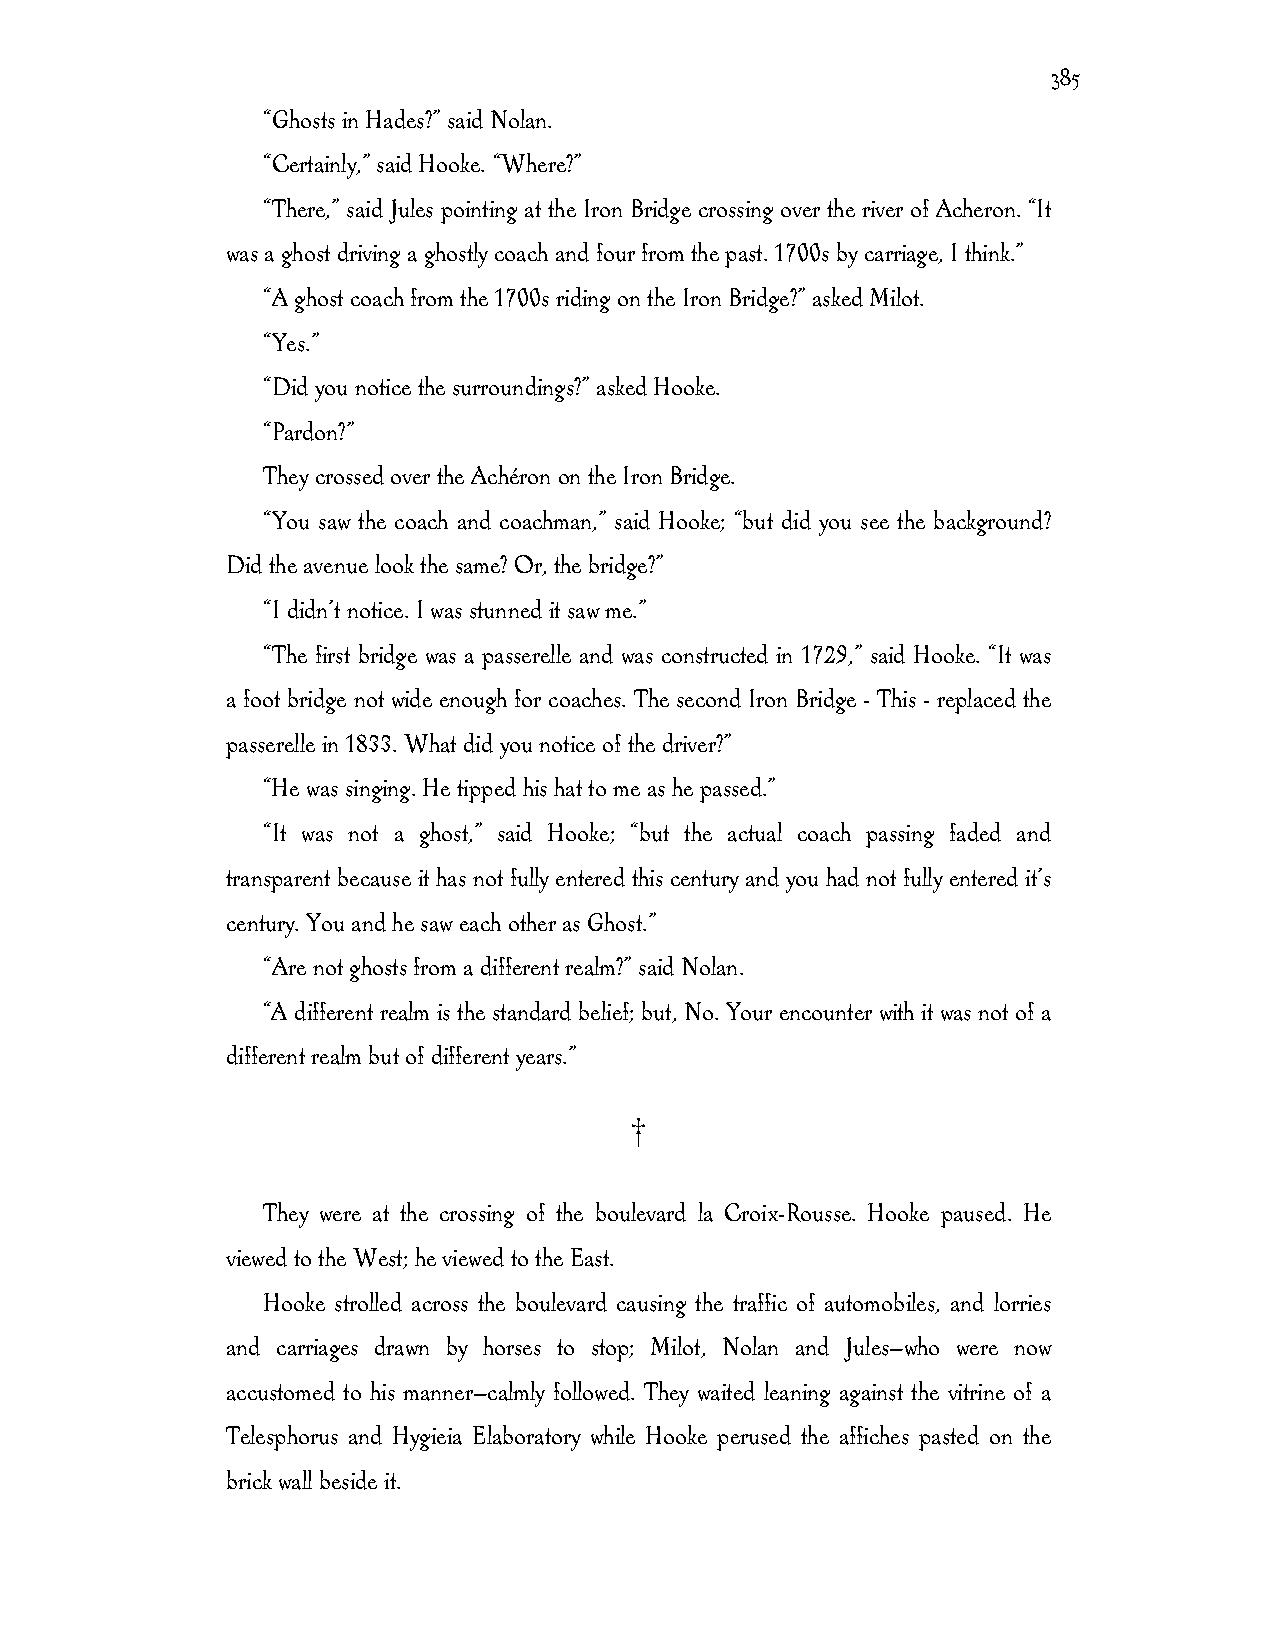
385
 “Ghosts in Hades?” said Nolan.
 “Certainly,” said Hooke. “Where?”
 “There,” said Jules pointing at the Iron Bridge crossing over the river of Acheron. “It
 was a ghost driving a ghostly coach and four from the past. 1700s by carriage, I think.”
 “A ghost coach from the 1700s riding on the Iron Bridge?” asked Milot.
 “Yes.”
 “Did you notice the surroundings?” asked Hooke.
 “Pardon?”
 They crossed over the Achéron on the Iron Bridge.
 “You saw the coach and coachman,” said Hooke; “but did you see the background?
 Did the avenue look the same? Or, the bridge?”
 “I didn’t notice. I was stunned it saw me.”
 “The first bridge was a passerelle and was constructed in 1729,” said Hooke. “It was
 a foot bridge not wide enough for coaches. The second Iron Bridge - This - replaced the
 passerelle in 1833. What did you notice of the driver?”
 “He was singing. He tipped his hat to me as he passed.”
 “It was not a ghost,” said Hooke; “but the actual coach passing faded and
 transparent because it has not fully entered this century and you had not fully entered it’s
 century. You and he saw each other as Ghost.”
 “Are not ghosts from a different realm?” said Nolan.
 “A different realm is the standard belief; but, No. Your encounter with it was not of a
 different realm but of different years.”
 †
 They were at the crossing of the boulevard la Croix-Rousse. Hooke paused. He
 viewed to the West; he viewed to the East.
 Hooke strolled across the boulevard causing the traffic of automobiles, and lorries
 and carriages drawn by horses to stop; Milot, Nolan and Jules—who were now
 accustomed to his manner—calmly followed. They waited leaning against the vitrine of a
 Telesphorus and Hygieia Elaboratory while Hooke perused the affiches pasted on the
 brick wall beside it.